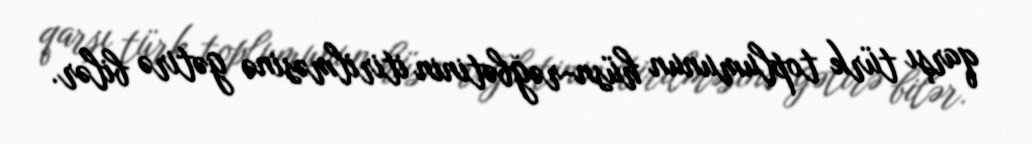
qarşı türk toplumunun hüsn-rəğbətinin itirilməsinə gətirə bilər.